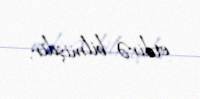
etdirə bilmişdir.